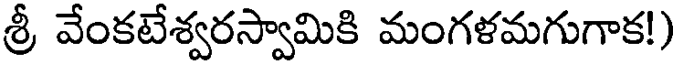
శ్రీ వేంకటేశ్వరస్వామికి మంగళమగుగాక!)